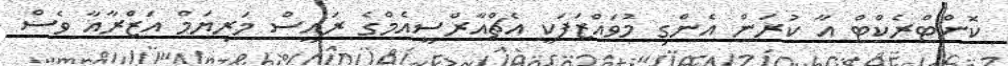
ކޮންޓްރެކްޓް އާ ކުރަން އެންގި މުވައްޒަފަކީ އެޗްއާރްސީއެމްގެ ރައީސް މަރިޔަމް އަޒްރާއާ ވެސް